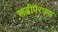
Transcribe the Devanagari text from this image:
रूढीपरंपरा